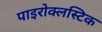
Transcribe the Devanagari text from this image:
पाइरोक्लस्टिक